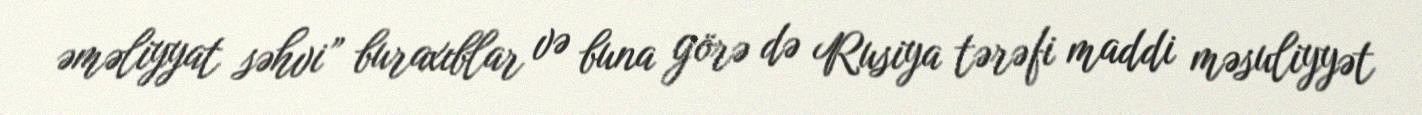
əməliyyat səhvi” buraxıblar və buna görə də Rusiya tərəfi maddi məsuliyyət